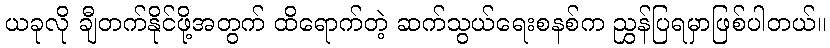
ယခုလို ချီတက်နိုင်ဖို့အတွက် ထိရောက်တဲ့ ဆက်သွယ်ရေးစနစ်က ညွှန်ပြရမှာဖြစ်ပါတယ်။